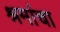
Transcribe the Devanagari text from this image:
श्रमांचा